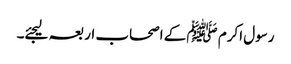
رسول اکرم ﷺ کے اصحاب اربعہ لیجئے۔